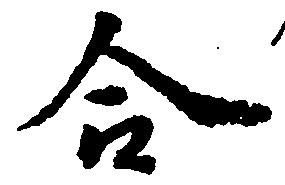
合